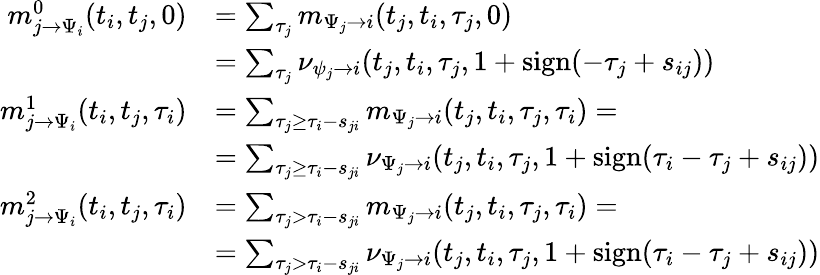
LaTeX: \begin{array}{rl}{m_{j\to\Psi_{i}}^{0}(t_{i},t_{j},0)}&{=\sum_{\tau_{j}}m_{\Psi_{j}\to i}(t_{j},t_{i},\tau_{j},0)}\\ &{=\sum_{\tau_{j}}\nu_{\psi_{j}\to i}(t_{j},t_{i},\tau_{j},1+\mathrm{sign}(-\tau_{j}+s_{ij}))}\\ {m_{j\to\Psi_{i}}^{1}(t_{i},t_{j},\tau_{i})}&{=\sum_{\tau_{j}\geq\tau_{i}-s_{ji}}m_{\Psi_{j}\to i}(t_{j},t_{i},\tau_{j},\tau_{i})=}\\ &{=\sum_{\tau_{j}\geq\tau_{i}-s_{ji}}\nu_{\Psi_{j}\to i}(t_{j},t_{i},\tau_{j},1+\mathrm{sign}(\tau_{i}-\tau_{j}+s_{ij}))}\\ {m_{j\to\Psi_{i}}^{2}(t_{i},t_{j},\tau_{i})}&{=\sum_{\tau_{j}>\tau_{i}-s_{ji}}m_{\Psi_{j}\to i}(t_{j},t_{i},\tau_{j},\tau_{i})=}\\ &{=\sum_{\tau_{j}>\tau_{i}-s_{ji}}\nu_{\Psi_{j}\to i}(t_{j},t_{i},\tau_{j},1+\mathrm{sign}(\tau_{i}-\tau_{j}+s_{ij}))}\end{array}